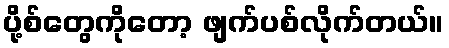
ပို့စ်တွေကိုတော့ ဖျက်ပစ်လိုက်တယ်။